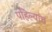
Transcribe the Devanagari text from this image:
पहिल्यांच